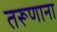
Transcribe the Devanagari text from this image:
तरूणाना